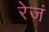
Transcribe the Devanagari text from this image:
रेजं